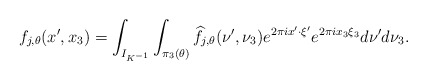
\begin{align*} f_{j,\theta}(x',x_3)=\int_{I_{K^{-1}}}\int_{\pi_3(\theta)}\widehat{f}_{j,\theta}(\nu',\nu_3)e^{2\pi ix'\cdot\xi'}e^{2\pi i x_3\xi_3}d\nu'd\nu_3 .\end{align*}